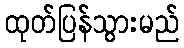
ထုတ်ပြန်သွားမည်